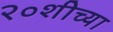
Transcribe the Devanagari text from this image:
२०शीच्या